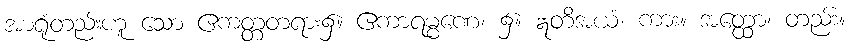
အာရုံတည်းဟူ သော ဧကတ္တတရား၌။ ဧကာရမ္မဏေ၊ ၌။ ဣတိအယံ၊ ကား။ အတ္ထော၊ တည်း။